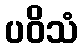
ပဝိသံ